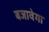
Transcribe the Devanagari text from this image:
बजावेगा